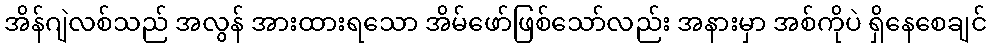
အိန်ဂျဲလစ်သည် အလွန် အားထားရသော အိမ်ဖော်ဖြစ်သော်လည်း အနားမှာ အစ်ကိုပဲ ရှိနေစေချင်